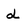
Character: d